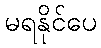
မရနိုင်ပေ